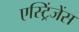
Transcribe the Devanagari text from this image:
एस्ट्रिंजेंस